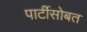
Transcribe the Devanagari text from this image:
पार्टीसोबत